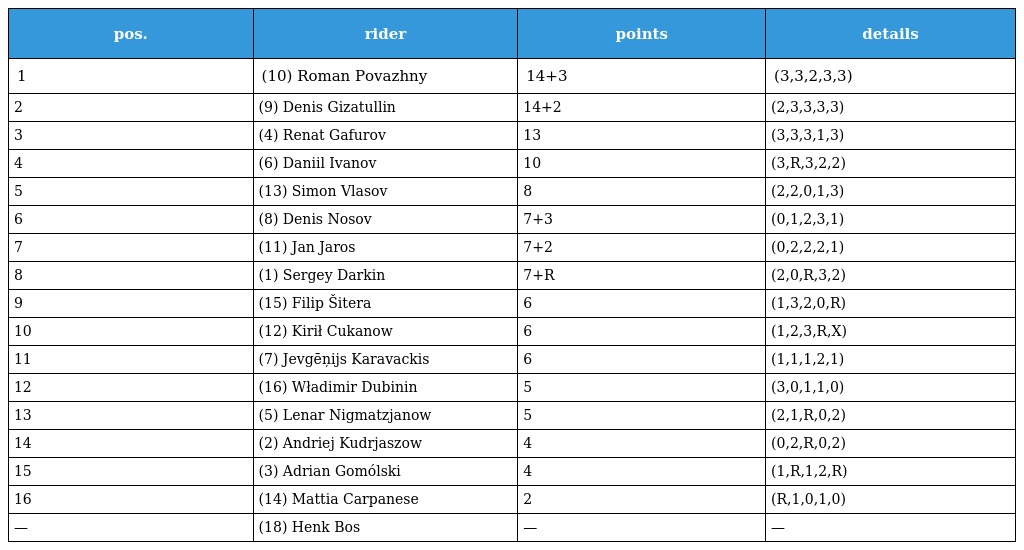
| pos. | rider | points | details |
 | --- | --- | --- | --- |
 | 1 | (10) Roman Povazhny | 14+3 | (3,3,2,3,3) |
 | 2 | (9) Denis Gizatullin | 14+2 | (2,3,3,3,3) |
 | 3 | (4) Renat Gafurov | 13 | (3,3,3,1,3) |
 | 4 | (6) Daniil Ivanov | 10 | (3,R,3,2,2) |
 | 5 | (13) Simon Vlasov | 8 | (2,2,0,1,3) |
 | 6 | (8) Denis Nosov | 7+3 | (0,1,2,3,1) |
 | 7 | (11) Jan Jaros | 7+2 | (0,2,2,2,1) |
 | 8 | (1) Sergey Darkin | 7+R | (2,0,R,3,2) |
 | 9 | (15) Filip Šitera | 6 | (1,3,2,0,R) |
 | 10 | (12) Kirił Cukanow | 6 | (1,2,3,R,X) |
 | 11 | (7) Jevgēņijs Karavackis | 6 | (1,1,1,2,1) |
 | 12 | (16) Władimir Dubinin | 5 | (3,0,1,1,0) |
 | 13 | (5) Lenar Nigmatzjanow | 5 | (2,1,R,0,2) |
 | 14 | (2) Andriej Kudrjaszow | 4 | (0,2,R,0,2) |
 | 15 | (3) Adrian Gomólski | 4 | (1,R,1,2,R) |
 | 16 | (14) Mattia Carpanese | 2 | (R,1,0,1,0) |
 | — | (18) Henk Bos | — | — |